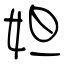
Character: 妲